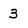
Character: 3